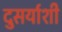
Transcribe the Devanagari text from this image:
दुसर्याशी